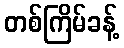
တစ်ကြိမ်ခန့်